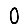
Digit: 0